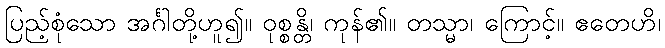
ပြည့်စုံသော အင်္ဂါတို့ဟူ၍။ ဝုစ္စန္တိ၊ ကုန်၏။ တသ္မာ၊ ကြောင့်။ ဧတေဟိ၊